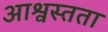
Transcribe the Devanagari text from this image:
आश्वस्तता